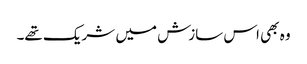
وہ بھی اس سازش میں شریک تھے۔